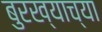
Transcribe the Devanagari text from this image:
बुरख्याच्या